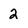
Character: 2